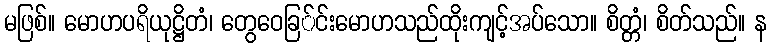
မဖြစ်။ မောဟပရိယုဋ္ဌိတံ၊ တွေဝေခြ်င်းမောဟသည်ထိုးကျင့်အပ်သော။ စိတ္တံ၊ စိတ်သည်။ န